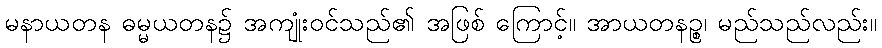
မနာယတန ဓမ္မယတန၌ အကျုံးဝင်သည်၏ အဖြစ် ကြောင့်။ အာယတနဉ္စ၊ မည်သည်လည်း။